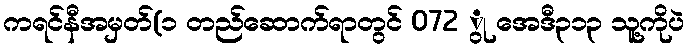
ကရင်နီအမှတ်(၁ တည်ဆောက်ရာတွင် 072 ွု အေဒီ၃၁၃ သူ့ကိုပဲ